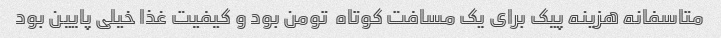
متاسفانه هزینه پیک برای یک مسافت کوتاه  تومن بود و کیفیت غذا خیلی پایین بود